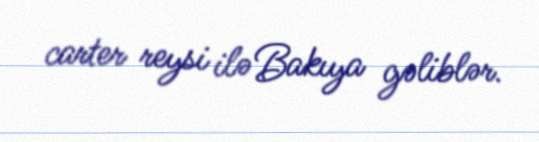
carter reysi ilə Bakıya gəliblər.